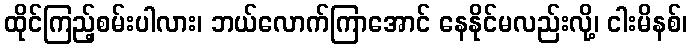
ထိုင်ကြည့်စမ်းပါလား၊ ဘယ်လောက်ကြာအောင် နေနိုင်မလည်းလို့၊ ငါးမိနစ်၊